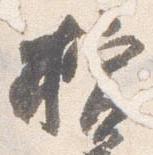
檳